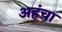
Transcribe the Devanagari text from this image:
अहंचा